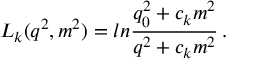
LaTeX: L _ { k } ( q ^ { 2 } , m ^ { 2 } ) = l n \frac { q _ { 0 } ^ { 2 } + c _ { k } m ^ { 2 } } { q ^ { 2 } + c _ { k } m ^ { 2 } } \, .